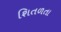
શિતળતા